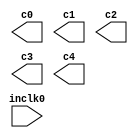
// megafunction wizard: %ALTPLL%VBB%
// GENERATION: STANDARD
// VERSION: WM1.0
// MODULE: altpll 

// ============================================================
// Megafunction Name(s):
// 			altpll
//
// Simulation Library Files(s):
// 			altera_mf
// ============================================================
// ************************************************************
// THIS IS A WIZARD-GENERATED FILE. DO NOT EDIT THIS FILE!
//
// 13.0.1 Build 232 06/12/2013 SP 1 SJ Web Edition
// ************************************************************

//Copyright (C) 1991-2013 Altera Corporation
//Your use of Altera Corporation's design tools, logic functions 
//and other software and tools, and its AMPP partner logic 
//functions, and any output files from any of the foregoing 
//(including device programming or simulation files), and any 
//associated documentation or information are expressly subject 
//to the terms and conditions of the Altera Program License 
//Subscription Agreement, Altera MegaCore Function License 
//Agreement, or other applicable license agreement, including, 
//without limitation, that your use is for the sole purpose of 
//programming logic devices manufactured by Altera and sold by 
//Altera or its authorized distributors.  Please refer to the 
//applicable agreement for further details.

module dcm (
	inclk0,
	c0,
	c1,
	c2,
	c3,
	c4);

	input	  inclk0;
	output	  c0;
	output	  c1;
	output	  c2;
	output	  c3;
	output	  c4;

endmodule

// ============================================================
// CNX file retrieval info
// ============================================================
// Retrieval info: PRIVATE: ACTIVECLK_CHECK STRING "0"
// Retrieval info: PRIVATE: BANDWIDTH STRING "1.000"
// Retrieval info: PRIVATE: BANDWIDTH_FEATURE_ENABLED STRING "1"
// Retrieval info: PRIVATE: BANDWIDTH_FREQ_UNIT STRING "MHz"
// Retrieval info: PRIVATE: BANDWIDTH_PRESET STRING "High"
// Retrieval info: PRIVATE: BANDWIDTH_USE_AUTO STRING "0"
// Retrieval info: PRIVATE: BANDWIDTH_USE_PRESET STRING "1"
// Retrieval info: PRIVATE: CLKBAD_SWITCHOVER_CHECK STRING "0"
// Retrieval info: PRIVATE: CLKLOSS_CHECK STRING "0"
// Retrieval info: PRIVATE: CLKSWITCH_CHECK STRING "0"
// Retrieval info: PRIVATE: CNX_NO_COMPENSATE_RADIO STRING "0"
// Retrieval info: PRIVATE: CREATE_CLKBAD_CHECK STRING "0"
// Retrieval info: PRIVATE: CREATE_INCLK1_CHECK STRING "0"
// Retrieval info: PRIVATE: CUR_DEDICATED_CLK STRING "c0"
// Retrieval info: PRIVATE: CUR_FBIN_CLK STRING "c0"
// Retrieval info: PRIVATE: DEVICE_SPEED_GRADE STRING "7"
// Retrieval info: PRIVATE: DIV_FACTOR0 NUMERIC "296"
// Retrieval info: PRIVATE: DIV_FACTOR1 NUMERIC "56"
// Retrieval info: PRIVATE: DIV_FACTOR2 NUMERIC "56"
// Retrieval info: PRIVATE: DIV_FACTOR3 NUMERIC "656"
// Retrieval info: PRIVATE: DIV_FACTOR4 NUMERIC "504"
// Retrieval info: PRIVATE: DUTY_CYCLE0 STRING "50.00000000"
// Retrieval info: PRIVATE: DUTY_CYCLE1 STRING "50.00000000"
// Retrieval info: PRIVATE: DUTY_CYCLE2 STRING "50.00000000"
// Retrieval info: PRIVATE: DUTY_CYCLE3 STRING "50.00000000"
// Retrieval info: PRIVATE: DUTY_CYCLE4 STRING "50.00000000"
// Retrieval info: PRIVATE: EFF_OUTPUT_FREQ_VALUE0 STRING "25.168919"
// Retrieval info: PRIVATE: EFF_OUTPUT_FREQ_VALUE1 STRING "133.035721"
// Retrieval info: PRIVATE: EFF_OUTPUT_FREQ_VALUE2 STRING "133.035721"
// Retrieval info: PRIVATE: EFF_OUTPUT_FREQ_VALUE3 STRING "11.356708"
// Retrieval info: PRIVATE: EFF_OUTPUT_FREQ_VALUE4 STRING "14.781746"
// Retrieval info: PRIVATE: EXPLICIT_SWITCHOVER_COUNTER STRING "0"
// Retrieval info: PRIVATE: EXT_FEEDBACK_RADIO STRING "0"
// Retrieval info: PRIVATE: GLOCKED_COUNTER_EDIT_CHANGED STRING "1"
// Retrieval info: PRIVATE: GLOCKED_FEATURE_ENABLED STRING "0"
// Retrieval info: PRIVATE: GLOCKED_MODE_CHECK STRING "0"
// Retrieval info: PRIVATE: GLOCK_COUNTER_EDIT NUMERIC "1048575"
// Retrieval info: PRIVATE: HAS_MANUAL_SWITCHOVER STRING "1"
// Retrieval info: PRIVATE: INCLK0_FREQ_EDIT STRING "50.000"
// Retrieval info: PRIVATE: INCLK0_FREQ_UNIT_COMBO STRING "MHz"
// Retrieval info: PRIVATE: INCLK1_FREQ_EDIT STRING "100.000"
// Retrieval info: PRIVATE: INCLK1_FREQ_EDIT_CHANGED STRING "1"
// Retrieval info: PRIVATE: INCLK1_FREQ_UNIT_CHANGED STRING "1"
// Retrieval info: PRIVATE: INCLK1_FREQ_UNIT_COMBO STRING "MHz"
// Retrieval info: PRIVATE: INTENDED_DEVICE_FAMILY STRING "Cyclone IV E"
// Retrieval info: PRIVATE: INT_FEEDBACK__MODE_RADIO STRING "1"
// Retrieval info: PRIVATE: LOCKED_OUTPUT_CHECK STRING "0"
// Retrieval info: PRIVATE: LONG_SCAN_RADIO STRING "1"
// Retrieval info: PRIVATE: LVDS_MODE_DATA_RATE STRING "Not Available"
// Retrieval info: PRIVATE: LVDS_MODE_DATA_RATE_DIRTY NUMERIC "0"
// Retrieval info: PRIVATE: LVDS_PHASE_SHIFT_UNIT0 STRING "deg"
// Retrieval info: PRIVATE: LVDS_PHASE_SHIFT_UNIT1 STRING "deg"
// Retrieval info: PRIVATE: LVDS_PHASE_SHIFT_UNIT2 STRING "deg"
// Retrieval info: PRIVATE: LVDS_PHASE_SHIFT_UNIT3 STRING "ps"
// Retrieval info: PRIVATE: LVDS_PHASE_SHIFT_UNIT4 STRING "ps"
// Retrieval info: PRIVATE: MIG_DEVICE_SPEED_GRADE STRING "Any"
// Retrieval info: PRIVATE: MIRROR_CLK0 STRING "0"
// Retrieval info: PRIVATE: MIRROR_CLK1 STRING "0"
// Retrieval info: PRIVATE: MIRROR_CLK2 STRING "0"
// Retrieval info: PRIVATE: MIRROR_CLK3 STRING "0"
// Retrieval info: PRIVATE: MIRROR_CLK4 STRING "0"
// Retrieval info: PRIVATE: MULT_FACTOR0 NUMERIC "149"
// Retrieval info: PRIVATE: MULT_FACTOR1 NUMERIC "149"
// Retrieval info: PRIVATE: MULT_FACTOR2 NUMERIC "149"
// Retrieval info: PRIVATE: MULT_FACTOR3 NUMERIC "149"
// Retrieval info: PRIVATE: MULT_FACTOR4 NUMERIC "149"
// Retrieval info: PRIVATE: NORMAL_MODE_RADIO STRING "1"
// Retrieval info: PRIVATE: OUTPUT_FREQ0 STRING "25.00000000"
// Retrieval info: PRIVATE: OUTPUT_FREQ1 STRING "133.00000000"
// Retrieval info: PRIVATE: OUTPUT_FREQ2 STRING "133.00000000"
// Retrieval info: PRIVATE: OUTPUT_FREQ3 STRING "11.28960000"
// Retrieval info: PRIVATE: OUTPUT_FREQ4 STRING "14.67560000"
// Retrieval info: PRIVATE: OUTPUT_FREQ_MODE0 STRING "0"
// Retrieval info: PRIVATE: OUTPUT_FREQ_MODE1 STRING "0"
// Retrieval info: PRIVATE: OUTPUT_FREQ_MODE2 STRING "0"
// Retrieval info: PRIVATE: OUTPUT_FREQ_MODE3 STRING "0"
// Retrieval info: PRIVATE: OUTPUT_FREQ_MODE4 STRING "0"
// Retrieval info: PRIVATE: OUTPUT_FREQ_UNIT0 STRING "MHz"
// Retrieval info: PRIVATE: OUTPUT_FREQ_UNIT1 STRING "MHz"
// Retrieval info: PRIVATE: OUTPUT_FREQ_UNIT2 STRING "MHz"
// Retrieval info: PRIVATE: OUTPUT_FREQ_UNIT3 STRING "MHz"
// Retrieval info: PRIVATE: OUTPUT_FREQ_UNIT4 STRING "MHz"
// Retrieval info: PRIVATE: PHASE_RECONFIG_FEATURE_ENABLED STRING "1"
// Retrieval info: PRIVATE: PHASE_RECONFIG_INPUTS_CHECK STRING "0"
// Retrieval info: PRIVATE: PHASE_SHIFT0 STRING "0.00000000"
// Retrieval info: PRIVATE: PHASE_SHIFT1 STRING "0.00000000"
// Retrieval info: PRIVATE: PHASE_SHIFT2 STRING "210.00000000"
// Retrieval info: PRIVATE: PHASE_SHIFT3 STRING "0.00000000"
// Retrieval info: PRIVATE: PHASE_SHIFT4 STRING "0.00000000"
// Retrieval info: PRIVATE: PHASE_SHIFT_STEP_ENABLED_CHECK STRING "0"
// Retrieval info: PRIVATE: PHASE_SHIFT_UNIT0 STRING "deg"
// Retrieval info: PRIVATE: PHASE_SHIFT_UNIT1 STRING "deg"
// Retrieval info: PRIVATE: PHASE_SHIFT_UNIT2 STRING "deg"
// Retrieval info: PRIVATE: PHASE_SHIFT_UNIT3 STRING "ps"
// Retrieval info: PRIVATE: PHASE_SHIFT_UNIT4 STRING "ps"
// Retrieval info: PRIVATE: PLL_ADVANCED_PARAM_CHECK STRING "1"
// Retrieval info: PRIVATE: PLL_ARESET_CHECK STRING "0"
// Retrieval info: PRIVATE: PLL_AUTOPLL_CHECK NUMERIC "1"
// Retrieval info: PRIVATE: PLL_ENHPLL_CHECK NUMERIC "0"
// Retrieval info: PRIVATE: PLL_FASTPLL_CHECK NUMERIC "0"
// Retrieval info: PRIVATE: PLL_FBMIMIC_CHECK STRING "0"
// Retrieval info: PRIVATE: PLL_LVDS_PLL_CHECK NUMERIC "0"
// Retrieval info: PRIVATE: PLL_PFDENA_CHECK STRING "0"
// Retrieval info: PRIVATE: PLL_TARGET_HARCOPY_CHECK NUMERIC "0"
// Retrieval info: PRIVATE: PRIMARY_CLK_COMBO STRING "inclk0"
// Retrieval info: PRIVATE: RECONFIG_FILE STRING "dcm.mif"
// Retrieval info: PRIVATE: SACN_INPUTS_CHECK STRING "0"
// Retrieval info: PRIVATE: SCAN_FEATURE_ENABLED STRING "1"
// Retrieval info: PRIVATE: SELF_RESET_LOCK_LOSS STRING "0"
// Retrieval info: PRIVATE: SHORT_SCAN_RADIO STRING "0"
// Retrieval info: PRIVATE: SPREAD_FEATURE_ENABLED STRING "0"
// Retrieval info: PRIVATE: SPREAD_FREQ STRING "50.000"
// Retrieval info: PRIVATE: SPREAD_FREQ_UNIT STRING "KHz"
// Retrieval info: PRIVATE: SPREAD_PERCENT STRING "0.500"
// Retrieval info: PRIVATE: SPREAD_USE STRING "0"
// Retrieval info: PRIVATE: SRC_SYNCH_COMP_RADIO STRING "0"
// Retrieval info: PRIVATE: STICKY_CLK0 STRING "1"
// Retrieval info: PRIVATE: STICKY_CLK1 STRING "1"
// Retrieval info: PRIVATE: STICKY_CLK2 STRING "1"
// Retrieval info: PRIVATE: STICKY_CLK3 STRING "1"
// Retrieval info: PRIVATE: STICKY_CLK4 STRING "1"
// Retrieval info: PRIVATE: SWITCHOVER_COUNT_EDIT NUMERIC "1"
// Retrieval info: PRIVATE: SWITCHOVER_FEATURE_ENABLED STRING "1"
// Retrieval info: PRIVATE: SYNTH_WRAPPER_GEN_POSTFIX STRING "1"
// Retrieval info: PRIVATE: USE_CLK0 STRING "1"
// Retrieval info: PRIVATE: USE_CLK1 STRING "1"
// Retrieval info: PRIVATE: USE_CLK2 STRING "1"
// Retrieval info: PRIVATE: USE_CLK3 STRING "1"
// Retrieval info: PRIVATE: USE_CLK4 STRING "1"
// Retrieval info: PRIVATE: USE_CLKENA0 STRING "0"
// Retrieval info: PRIVATE: USE_CLKENA1 STRING "0"
// Retrieval info: PRIVATE: USE_CLKENA2 STRING "0"
// Retrieval info: PRIVATE: USE_CLKENA3 STRING "0"
// Retrieval info: PRIVATE: USE_CLKENA4 STRING "0"
// Retrieval info: PRIVATE: USE_MIL_SPEED_GRADE NUMERIC "0"
// Retrieval info: PRIVATE: ZERO_DELAY_RADIO STRING "0"
// Retrieval info: LIBRARY: altera_mf altera_mf.altera_mf_components.all
// Retrieval info: CONSTANT: CHARGE_PUMP_CURRENT_BITS NUMERIC "1"
// Retrieval info: CONSTANT: COMPENSATE_CLOCK STRING "CLK0"
// Retrieval info: CONSTANT: INCLK0_INPUT_FREQUENCY NUMERIC "20000"
// Retrieval info: CONSTANT: INTENDED_DEVICE_FAMILY STRING "Cyclone IV E"
// Retrieval info: CONSTANT: LOOP_FILTER_C_BITS NUMERIC "0"
// Retrieval info: CONSTANT: LOOP_FILTER_R_BITS NUMERIC "16"
// Retrieval info: CONSTANT: LPM_TYPE STRING "altpll"
// Retrieval info: CONSTANT: M NUMERIC "149"
// Retrieval info: CONSTANT: M_INITIAL NUMERIC "1"
// Retrieval info: CONSTANT: M_PH NUMERIC "0"
// Retrieval info: CONSTANT: N NUMERIC "8"
// Retrieval info: CONSTANT: OPERATION_MODE STRING "NORMAL"
// Retrieval info: CONSTANT: PLL_TYPE STRING "AUTO"
// Retrieval info: CONSTANT: PORT_ACTIVECLOCK STRING "PORT_UNUSED"
// Retrieval info: CONSTANT: PORT_ARESET STRING "PORT_UNUSED"
// Retrieval info: CONSTANT: PORT_CLKBAD0 STRING "PORT_UNUSED"
// Retrieval info: CONSTANT: PORT_CLKBAD1 STRING "PORT_UNUSED"
// Retrieval info: CONSTANT: PORT_CLKLOSS STRING "PORT_UNUSED"
// Retrieval info: CONSTANT: PORT_CLKSWITCH STRING "PORT_UNUSED"
// Retrieval info: CONSTANT: PORT_CONFIGUPDATE STRING "PORT_UNUSED"
// Retrieval info: CONSTANT: PORT_FBIN STRING "PORT_UNUSED"
// Retrieval info: CONSTANT: PORT_INCLK0 STRING "PORT_USED"
// Retrieval info: CONSTANT: PORT_INCLK1 STRING "PORT_UNUSED"
// Retrieval info: CONSTANT: PORT_LOCKED STRING "PORT_UNUSED"
// Retrieval info: CONSTANT: PORT_PFDENA STRING "PORT_UNUSED"
// Retrieval info: CONSTANT: PORT_PHASECOUNTERSELECT STRING "PORT_UNUSED"
// Retrieval info: CONSTANT: PORT_PHASEDONE STRING "PORT_UNUSED"
// Retrieval info: CONSTANT: PORT_PHASESTEP STRING "PORT_UNUSED"
// Retrieval info: CONSTANT: PORT_PHASEUPDOWN STRING "PORT_UNUSED"
// Retrieval info: CONSTANT: PORT_PLLENA STRING "PORT_UNUSED"
// Retrieval info: CONSTANT: PORT_SCANACLR STRING "PORT_UNUSED"
// Retrieval info: CONSTANT: PORT_SCANCLK STRING "PORT_UNUSED"
// Retrieval info: CONSTANT: PORT_SCANCLKENA STRING "PORT_UNUSED"
// Retrieval info: CONSTANT: PORT_SCANDATA STRING "PORT_UNUSED"
// Retrieval info: CONSTANT: PORT_SCANDATAOUT STRING "PORT_UNUSED"
// Retrieval info: CONSTANT: PORT_SCANDONE STRING "PORT_UNUSED"
// Retrieval info: CONSTANT: PORT_SCANREAD STRING "PORT_UNUSED"
// Retrieval info: CONSTANT: PORT_SCANWRITE STRING "PORT_UNUSED"
// Retrieval info: CONSTANT: PORT_clk0 STRING "PORT_USED"
// Retrieval info: CONSTANT: PORT_clk1 STRING "PORT_USED"
// Retrieval info: CONSTANT: PORT_clk2 STRING "PORT_USED"
// Retrieval info: CONSTANT: PORT_clk3 STRING "PORT_USED"
// Retrieval info: CONSTANT: PORT_clk4 STRING "PORT_USED"
// Retrieval info: CONSTANT: PORT_clk5 STRING "PORT_UNUSED"
// Retrieval info: CONSTANT: PORT_clkena0 STRING "PORT_UNUSED"
// Retrieval info: CONSTANT: PORT_clkena1 STRING "PORT_UNUSED"
// Retrieval info: CONSTANT: PORT_clkena2 STRING "PORT_UNUSED"
// Retrieval info: CONSTANT: PORT_clkena3 STRING "PORT_UNUSED"
// Retrieval info: CONSTANT: PORT_clkena4 STRING "PORT_UNUSED"
// Retrieval info: CONSTANT: PORT_clkena5 STRING "PORT_UNUSED"
// Retrieval info: CONSTANT: PORT_extclk0 STRING "PORT_UNUSED"
// Retrieval info: CONSTANT: PORT_extclk1 STRING "PORT_UNUSED"
// Retrieval info: CONSTANT: PORT_extclk2 STRING "PORT_UNUSED"
// Retrieval info: CONSTANT: PORT_extclk3 STRING "PORT_UNUSED"
// Retrieval info: CONSTANT: VCO_POST_SCALE NUMERIC "1"
// Retrieval info: CONSTANT: WIDTH_CLOCK NUMERIC "5"
// Retrieval info: CONSTANT: c0_high NUMERIC "19"
// Retrieval info: CONSTANT: c0_initial NUMERIC "1"
// Retrieval info: CONSTANT: c0_low NUMERIC "18"
// Retrieval info: CONSTANT: c0_mode STRING "odd"
// Retrieval info: CONSTANT: c0_ph NUMERIC "0"
// Retrieval info: CONSTANT: c1_high NUMERIC "4"
// Retrieval info: CONSTANT: c1_initial NUMERIC "1"
// Retrieval info: CONSTANT: c1_low NUMERIC "3"
// Retrieval info: CONSTANT: c1_mode STRING "odd"
// Retrieval info: CONSTANT: c1_ph NUMERIC "0"
// Retrieval info: CONSTANT: c2_high NUMERIC "4"
// Retrieval info: CONSTANT: c2_initial NUMERIC "5"
// Retrieval info: CONSTANT: c2_low NUMERIC "3"
// Retrieval info: CONSTANT: c2_mode STRING "odd"
// Retrieval info: CONSTANT: c2_ph NUMERIC "1"
// Retrieval info: CONSTANT: c3_high NUMERIC "41"
// Retrieval info: CONSTANT: c3_initial NUMERIC "1"
// Retrieval info: CONSTANT: c3_low NUMERIC "41"
// Retrieval info: CONSTANT: c3_mode STRING "even"
// Retrieval info: CONSTANT: c3_ph NUMERIC "0"
// Retrieval info: CONSTANT: c4_high NUMERIC "32"
// Retrieval info: CONSTANT: c4_initial NUMERIC "1"
// Retrieval info: CONSTANT: c4_low NUMERIC "31"
// Retrieval info: CONSTANT: c4_mode STRING "odd"
// Retrieval info: CONSTANT: c4_ph NUMERIC "0"
// Retrieval info: CONSTANT: clk0_counter STRING "c0"
// Retrieval info: CONSTANT: clk1_counter STRING "c1"
// Retrieval info: CONSTANT: clk2_counter STRING "c2"
// Retrieval info: CONSTANT: clk3_counter STRING "c3"
// Retrieval info: CONSTANT: clk4_counter STRING "c4"
// Retrieval info: USED_PORT: @clk 0 0 5 0 OUTPUT_CLK_EXT VCC "@clk[4..0]"
// Retrieval info: USED_PORT: c0 0 0 0 0 OUTPUT_CLK_EXT VCC "c0"
// Retrieval info: USED_PORT: c1 0 0 0 0 OUTPUT_CLK_EXT VCC "c1"
// Retrieval info: USED_PORT: c2 0 0 0 0 OUTPUT_CLK_EXT VCC "c2"
// Retrieval info: USED_PORT: c3 0 0 0 0 OUTPUT_CLK_EXT VCC "c3"
// Retrieval info: USED_PORT: c4 0 0 0 0 OUTPUT_CLK_EXT VCC "c4"
// Retrieval info: USED_PORT: inclk0 0 0 0 0 INPUT_CLK_EXT GND "inclk0"
// Retrieval info: CONNECT: @inclk 0 0 1 1 GND 0 0 0 0
// Retrieval info: CONNECT: @inclk 0 0 1 0 inclk0 0 0 0 0
// Retrieval info: CONNECT: c0 0 0 0 0 @clk 0 0 1 0
// Retrieval info: CONNECT: c1 0 0 0 0 @clk 0 0 1 1
// Retrieval info: CONNECT: c2 0 0 0 0 @clk 0 0 1 2
// Retrieval info: CONNECT: c3 0 0 0 0 @clk 0 0 1 3
// Retrieval info: CONNECT: c4 0 0 0 0 @clk 0 0 1 4
// Retrieval info: GEN_FILE: TYPE_NORMAL dcm.v TRUE
// Retrieval info: GEN_FILE: TYPE_NORMAL dcm.ppf TRUE
// Retrieval info: GEN_FILE: TYPE_NORMAL dcm.inc FALSE
// Retrieval info: GEN_FILE: TYPE_NORMAL dcm.cmp FALSE
// Retrieval info: GEN_FILE: TYPE_NORMAL dcm.bsf FALSE
// Retrieval info: GEN_FILE: TYPE_NORMAL dcm_inst.v FALSE
// Retrieval info: GEN_FILE: TYPE_NORMAL dcm_bb.v TRUE
// Retrieval info: GEN_FILE: TYPE_NORMAL dcm_syn.v TRUE
// Retrieval info: LIB_FILE: altera_mf
// Retrieval info: CBX_MODULE_PREFIX: ON